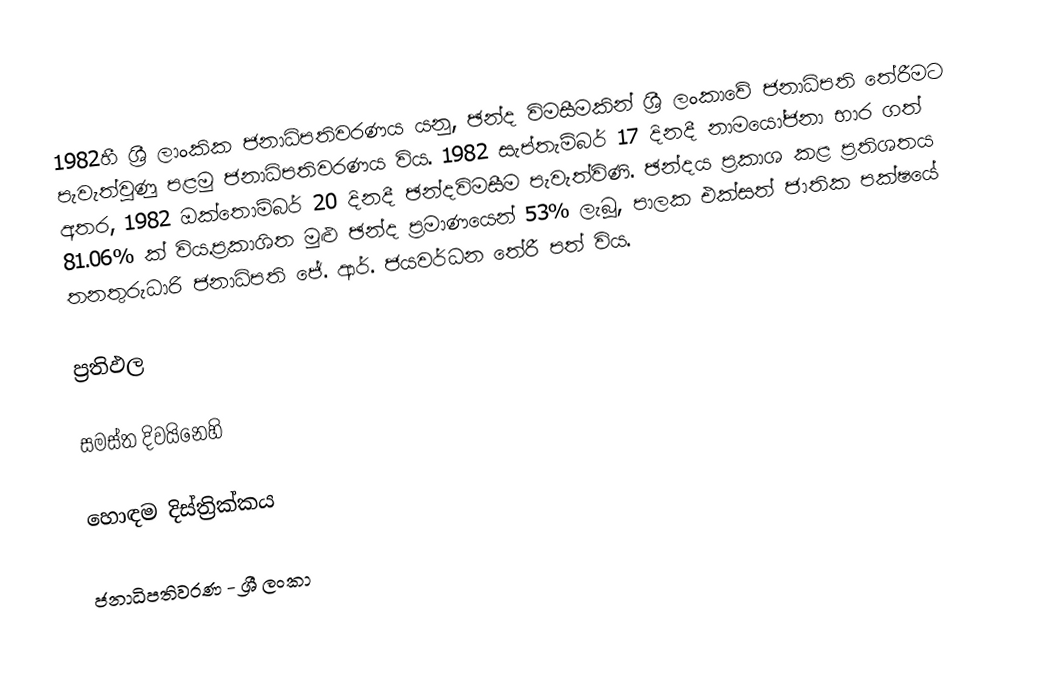
1982හී ශ්‍රී ලාංකික ජනාධිපතිවරණය යනු, ඡන්ද විමසීමකින් ශ්‍රී ලංකාවේ  ජනාධිපති තේරීමට පැවැත්වුණු පළමු ජනාධිපතිවරණය  විය. 1982 සැප්තැම්බර් 17 දිනදී නාමයෝජනා භාර ගත් අතර, 1982 ඔක්තොම්බර් 20 දිනදී ඡන්දවිමසීම පැවැත්විණි. ඡන්දය ප්‍රකාශ කළ ප්‍රතිශතය 81.06% ක් විය.ප්‍රකාශිත මුළු ඡන්ද ප්‍රමාණයෙන් 53% ලැබූ, පාලක එක්සත් ජාතික පක්ෂයේ තනතුරුධාරි ජනාධිපති ජේ. ආර්. ජයවර්ධන තේරී පත් විය.

ප්‍රතිඵල

සමස්ත දිවයිනෙහි

හොඳම දිස්ත්‍රික්කය

ජනාධිපතිවරණ - ශ්‍රී ලංකා